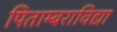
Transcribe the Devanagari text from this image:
पिताम्बराविद्या